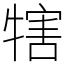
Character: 犗